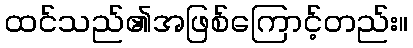
ထင်သည်၏အဖြစ်ကြောင့်တည်း။